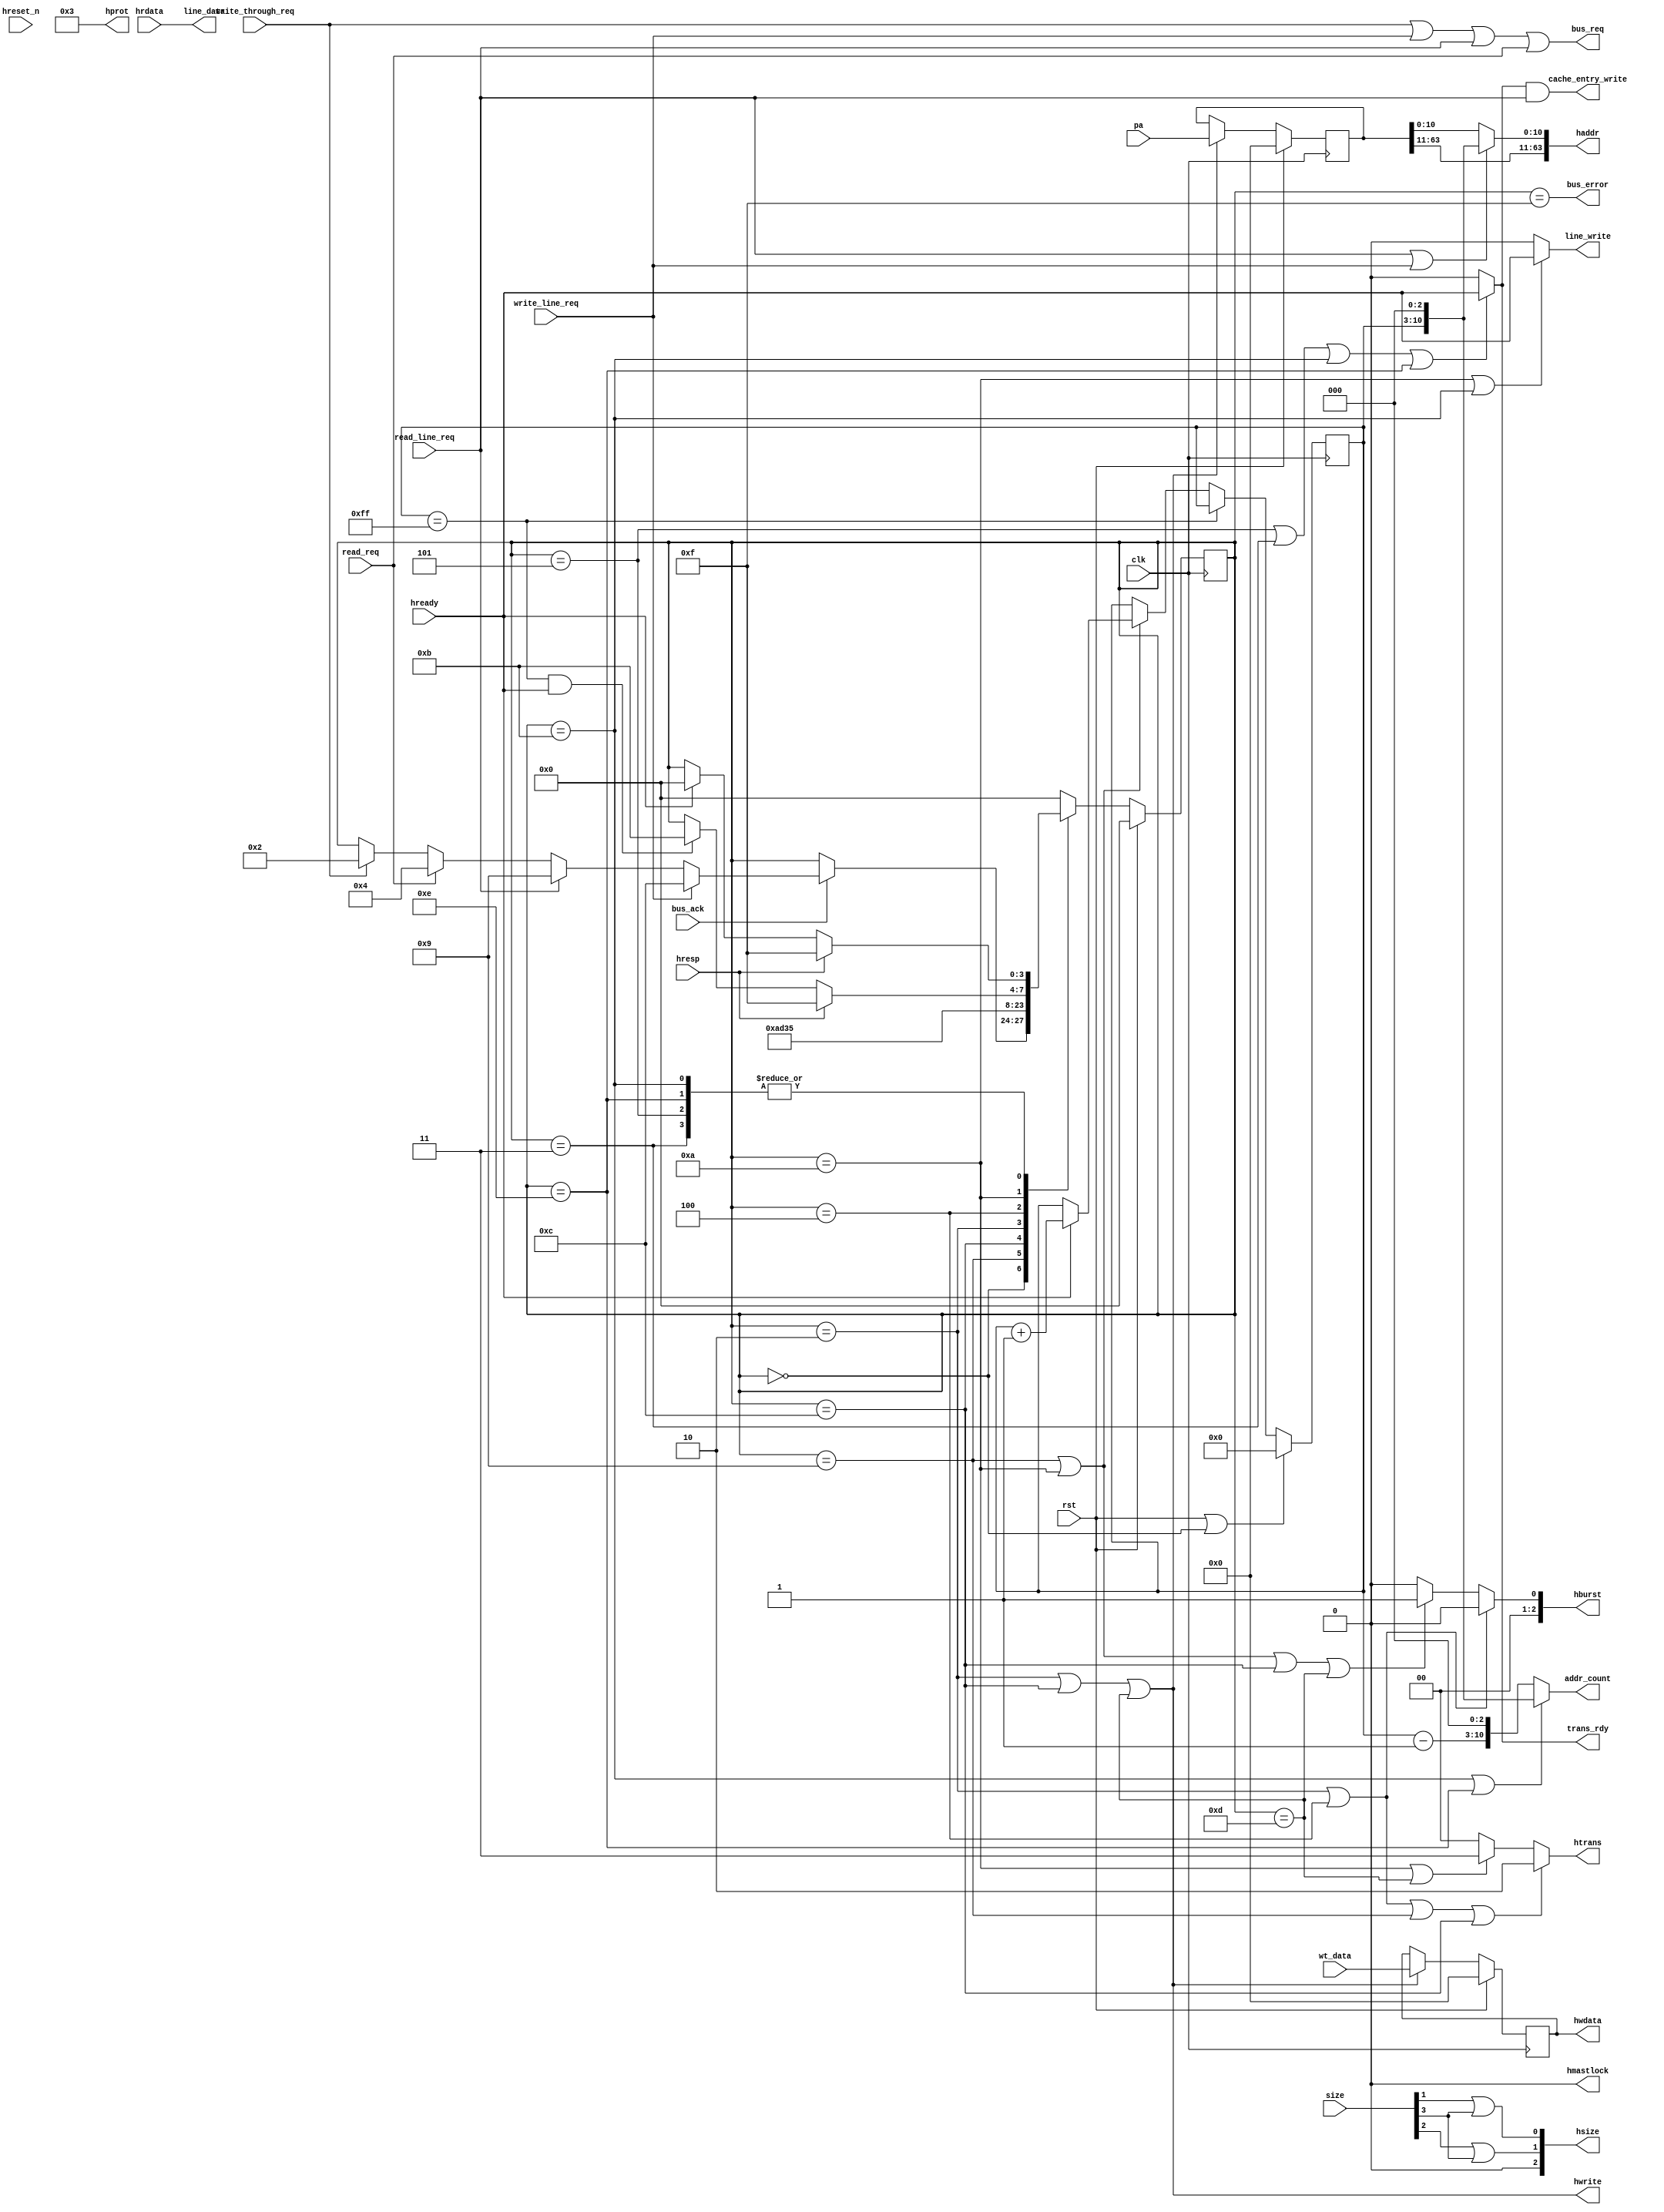
/*
cache
*/
module cache_bus_unit(
input wire clk,
input wire rst,

//cache
input wire write_through_req,	//
input wire read_req,			//
input wire read_line_req,		//
input wire write_line_req,		//
input wire [3:0]size,
input wire [63:0]pa,			//
input wire [63:0]wt_data,
output wire [63:0]line_data,
output wire [10:0]addr_count,
output wire line_write,			//cache
output wire cache_entry_write,	//entry
output wire trans_rdy,			//
output wire bus_error,			//

//AHB
//ahb
//ahb
output wire[63:0]haddr,
output wire hwrite,
output wire[2:0]hsize,
output [2:0]hburst,
output [3:0]hprot,
output [1:0]htrans,
output hmastlock,
output reg[63:0]hwdata,

input wire hready,
input wire hresp,
input wire hreset_n,
input wire [63:0]hrdata,

input wire bus_ack,		//
output wire bus_req		//

);
//ahb
parameter nseq = 2'b10;
parameter idle = 2'b00;
parameter seq  = 2'b11;

//TODO Cache
//TODO 
//TODO 1CLKSSRAM
//ahb burst
parameter Single=3'b000;
parameter INCR  =3'b001;
//
parameter stb  = 4'b0000;
parameter pacov= 4'b0001;		//AHBMMU
parameter wr_ap  = 4'b0010;		//
parameter wr_dp  = 4'b0011;		//
parameter rd_ap  = 4'b0100;		//
parameter rd_dp  = 4'b0101;		//
parameter rb_ap= 4'b1001;		//read burst 0nseqseq
parameter rb_dp= 4'b1010;		//read burst 1seq
parameter rb_dl= 4'b1011;		//read burst 2
parameter wb_ap= 4'b1100;		//WR burst 0nseqseq
parameter wb_dp= 4'b1101;		//WR burst 1seq
parameter wb_dl= 4'b1110;		//WR burst 2
parameter acc_fault=4'b1111;	//

reg [3:0]statu;					//

reg [7:0]addr_counter;				//
reg [63:0]haddr_temp;
wire [7:0]last_addr;				//cache


//
always@(posedge clk)begin
	if(rst)begin
		statu <= stb;
	end
	else begin
		case(statu)
			//bus unit
			stb:				if(!bus_ack)begin
									statu	<=	statu;
								end
								else if(write_line_req)//TODO 
								begin
									statu<=wb_ap;
								end
								else if(read_line_req)
								begin
									statu	<=	rb_ap;
								end
								else if(read_req)
								begin
									statu	<=	rd_ap;
								end
								else if(write_through_req)
								begin
									statu	<=	wr_ap;
								end
				
			//read burst
			rb_ap:	statu <= rb_dp;
			//write burst
			wb_ap:	statu <= wb_dp;
			//TRANSHBURST
			wr_ap:	statu <= wr_dp;
			//
			rd_ap:	statu <= rd_dp;

			//
			rb_dp:	statu <= hresp?acc_fault:((addr_counter==8'b11111111)&hready)?rb_dl:statu;		//clkclk
			rb_dp:	statu <= hresp?acc_fault:((addr_counter==8'b11111111)&hready)?wb_dl:statu;		//clkclk
			wr_dp:	statu <= hresp?acc_fault:hready?stb:statu;
			rd_dp:	statu <= hresp?acc_fault:hready?stb:statu;
	
	//
			rb_dl:	statu <= hresp?acc_fault:hready?stb:statu;
			wb_dl:	statu <= hresp?acc_fault:hready?stb:statu;
	//
			acc_fault:	statu <= stb;
			default: statu<= stb;
		endcase
	end	
end

//addr_counter
//addr_counter,stb
always@(posedge clk)begin
	if(rst|(statu==stb))begin
		addr_counter <= 8'b0;
	end
	
	else if(addr_counter==8'b11111111)begin
		addr_counter <= addr_counter;
	end
	else if((statu==rb_ap)|(statu==rb_dp))begin
		addr_counter <= hready?(addr_counter + 8'b1):addr_counter;
	end
end	
assign last_addr 	= addr_counter - 8'b1;
//cacheclksynccache_counteraddr_counter
//AHBaddr counter+1
//
assign line_write = ((statu==rb_dp)|(statu==rb_dl))?hready:1'b0;
assign addr_count	= ((statu==rb_dl)|(statu==wb_dl)) ? {addr_counter,3'b0} : {last_addr,3'b0};

//AHB
//AHB
always@(posedge clk)begin
	if(rst)begin
		hwdata		<=	64'b0;
		haddr_temp	<=	64'b0;
	end
	else if(statu==wr_ap|statu==wb_ap|statu==wb_dp)
	begin
		hwdata		<=	wt_data;
		haddr_temp	<=	pa;
	end
end

assign haddr	=	(read_line_req|write_line_req) ? 
							{haddr_temp[63:11],addr_counter,3'b0} : haddr_temp;
assign hwrite	= (statu==wr_ap|statu==wb_ap|statu==wb_dp);

assign hsize[0]	= size[1] | size[3];
assign hsize[1]	= size[2] | size[3];
assign hsize[2] = 1'b0;

assign hburst	= ((statu==wr_ap)|(statu==rd_ap))?Single:
					((statu==rb_ap)|(statu==rb_dp)|(statu==wb_ap)|(statu==wb_dp))?
																		INCR:Single;
assign hprot 	= 4'b0011;
assign htrans	= ((statu==wr_ap)|(statu==rd_ap)|(statu==rb_ap)|(statu==wb_ap))?
														nseq:
														((statu==rb_dp|statu==wb_dp))?seq:idle;	//BurstNSEQ
assign hmastlock= 1'b0;

//cache

assign line_data			=	hrdata;
assign cache_entry_write	=	trans_rdy & read_line_req;	//entry
assign trans_rdy			=	((statu==rd_dp)|(statu==wr_dp)|(statu==rb_dl)|(statu==wb_dl))?hready:1'b0;		//
assign bus_error			=	(statu==acc_fault);			//
assign bus_req				=	write_through_req | write_line_req | read_line_req | read_req;



endmodule